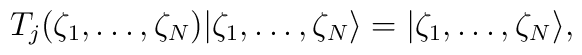
T_j(\zeta_1,\ldots,\zeta_N) |\zeta_1,\ldots,\zeta_N\rangle  =  |\zeta_1,\ldots,\zeta_N\rangle,